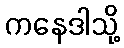
ကနေဒါသို့